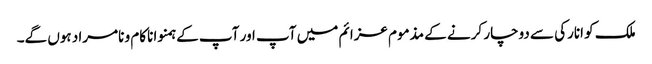
ملک کو انارکی سے دوچار کرنے کے مذموم عزائم میں آپ اور آپ کے ہمنوا ناکام و نامراد ہوں گے۔